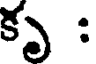
కృ :